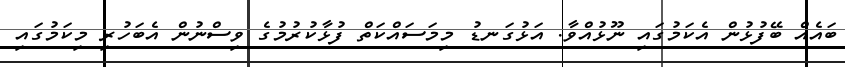
ބައެއް ބޭފުޅުން އެކަމުގައި ނޫޅުއްވާ. އަޅުގަނޑު މިމަސައްކަތް ފުޅާކުރުމުގެ ވިސްނުން އެބަހުރި މިކަމުގައި